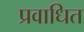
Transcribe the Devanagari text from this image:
प्रवाधित